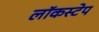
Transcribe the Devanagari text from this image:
लॉकस्टेप